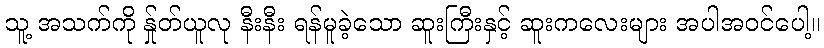
သူ့ အသက်ကို န်ှုတ်ယူလု နီးနီး ရန်မူခဲ့သော ဆူးကြီးနှင့် ဆူးကလေးများ အပါအဝင်ပေါ့။